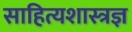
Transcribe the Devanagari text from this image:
साहित्यशास्त्रज्ञ